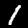
Digit: 1